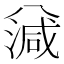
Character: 𣼪